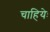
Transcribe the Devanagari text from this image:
चाहियेः